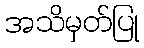
အသိမှတ်ပြု